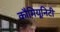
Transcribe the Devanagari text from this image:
कौमियूनिटी